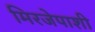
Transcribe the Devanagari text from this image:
मिरजेपाशी